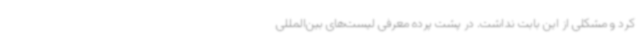
کرد و مشکلی از این بابت نداشت. در پشت پرده معرفی لیست‌های بین‌المللی